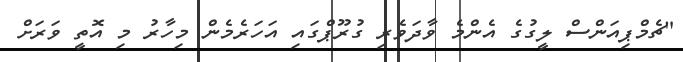
"ޗެމްޕިއަންސް ލީގުގެ އެންމެ ވާދަވެރި ގުރޫޕްގައި އަހަރެމެން މިހާރު މި އޮތީ ވަރަށް